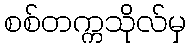
စစ်တက္ကသိုလ်မှ